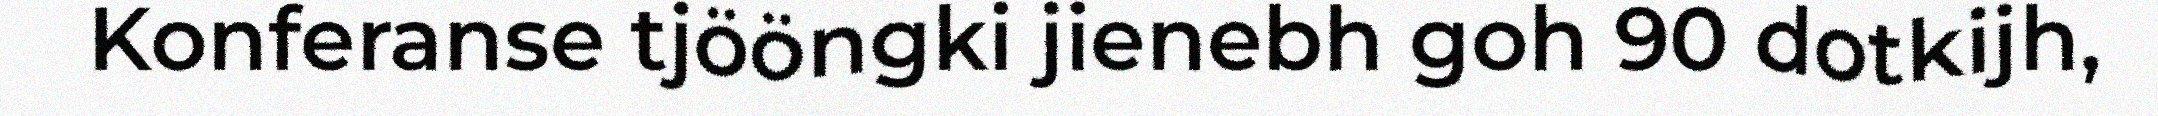
Konferanse tjööngki jienebh goh 90 dotkijh,